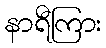
နာရီကြား